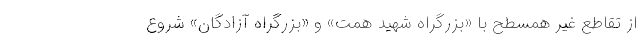
از تقاطع غیر همسطح با «بزرگراه شهید همت» و «بزرگراه آزادگان» شروع